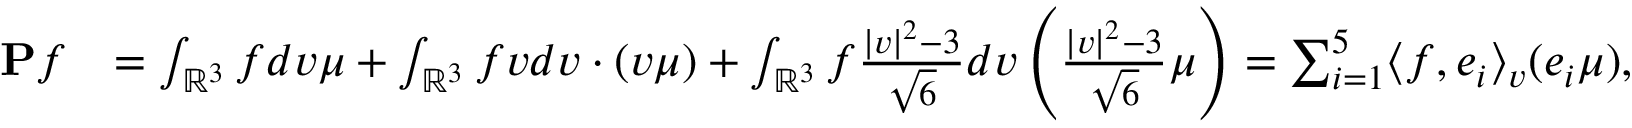
\begin{array} { r l } { \mathbf { P } f } & { = \int _ { \mathbb { R } ^ { 3 } } f d v \mu + \int _ { \mathbb { R } ^ { 3 } } f v d v \cdot ( v \mu ) + \int _ { \mathbb { R } ^ { 3 } } f \frac { | v | ^ { 2 } - 3 } { \sqrt { 6 } } d v \left( \frac { | v | ^ { 2 } - 3 } { \sqrt { 6 } } \mu \right) = \sum _ { i = 1 } ^ { 5 } \langle f , e _ { i } \rangle _ { v } ( e _ { i } \mu ) , } \end{array}